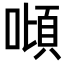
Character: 𠼴